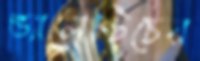
ভ্যালেন্টিচের